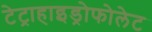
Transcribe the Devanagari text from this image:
टेट्राहाइड्रोफोलेट